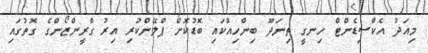
މިއަދު އެކްސިޑެންޓް ހިނގީ ތިނަދޫ ބިންހިއްކައި ބޮޑުކޮށް ޕްލޭންކުރި އިރު ގްރީންޒޯންގެ ގޮތުގައި